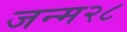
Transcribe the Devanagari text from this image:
जन्म२८